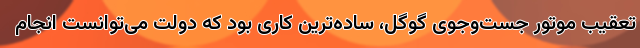
تعقیب موتور جست‌وجوی گوگل، ساده‌ترین کاری بود که دولت می‌توانست انجام